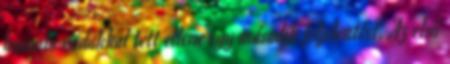
hasonló vádakkal tett ellene egy második feljelentést. Az első